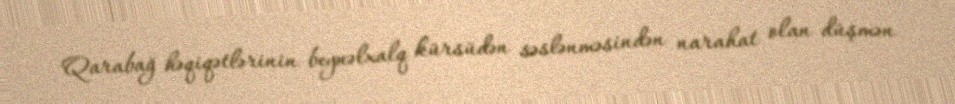
Qarabağ həqiqətlərinin beynəlxalq kürsüdən səslənməsindən narahat olan düşmən